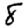
Digit: 8